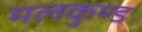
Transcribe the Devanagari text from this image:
मलकुण्ड